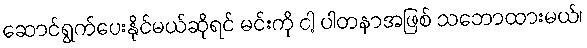
ဆောင်ရွက်ပေးနိုင်မယ်ဆိုရင် မင်းကို ငါ့ ပါတနာအဖြစ် သဘောထားမယ်၊